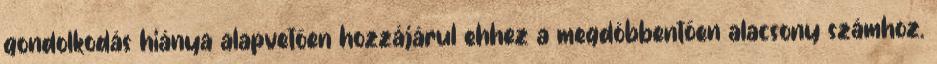
gondolkodás hiánya alapvetően hozzájárul ehhez a megdöbbentően alacsony számhoz.